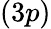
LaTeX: (3p)